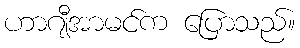
ဟာဂျီအာမင်က ပြောသည်။